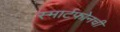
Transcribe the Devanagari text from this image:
स्मार्टफोनची